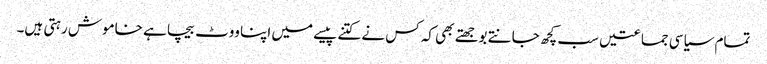
تمام سیاسی جماعتیں سب کچھ جانتے بوجھتے بھی کہ کس نے کتنے پیسے میں اپنا ووٹ بیچا ہے خاموش رہتی ہیں۔